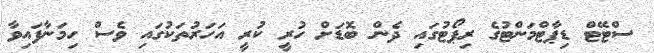
ސްޓޭޓް ޑިޕާޓްމަންޓުގެ ރިޕޯޓުގައި ދެން ބޮޑަށް ހުރީ ކުރީ އަހަރުތަކުގައި ވެސް ހިމަނާފައިވާ